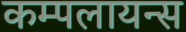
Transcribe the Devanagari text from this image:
कम्पलायन्स